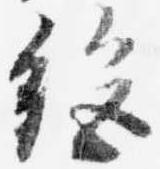
絶